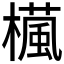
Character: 𣜳